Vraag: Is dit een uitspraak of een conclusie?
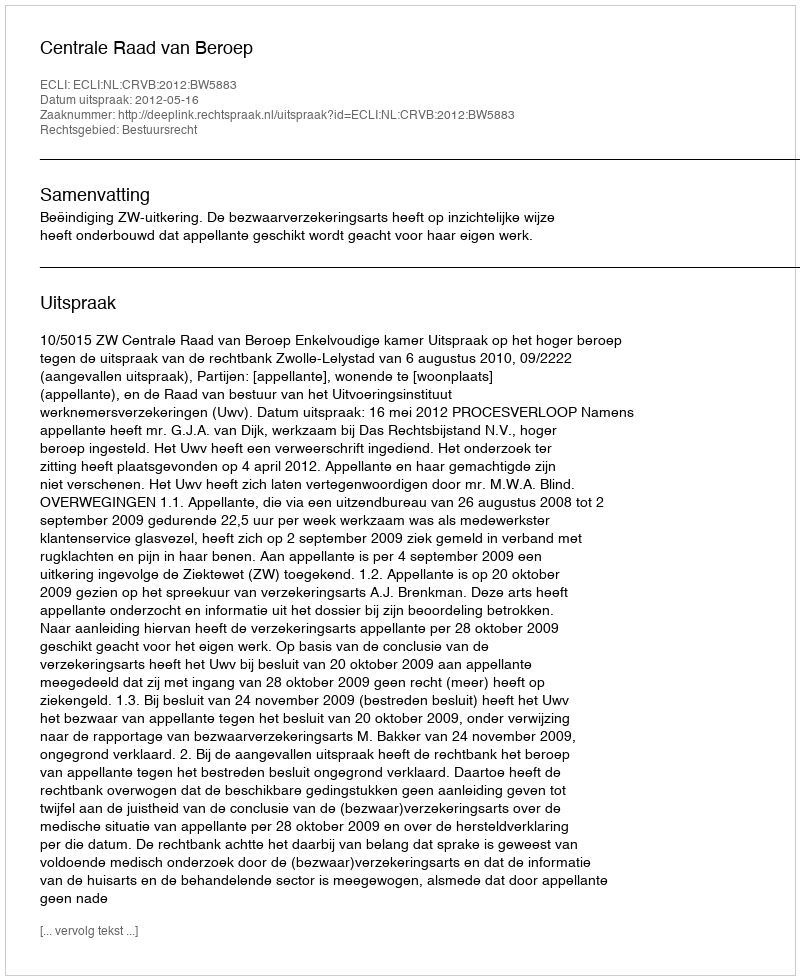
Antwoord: Uitspraak